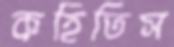
কহিতিস